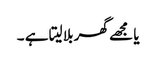
یا مجھے گھر بلا لیتا ہے ۔